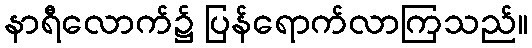
နာရီလောက်၌ ပြန်ရောက်လာကြသည်။